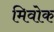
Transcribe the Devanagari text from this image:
मिवोक